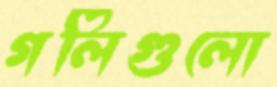
গলিগুলো